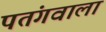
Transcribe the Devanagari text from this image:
पतंगवाला